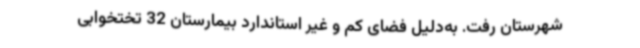
شهرستان رفت. به‌دلیل فضای کم و غیر استاندارد بیمارستان 32 تختخوابی